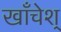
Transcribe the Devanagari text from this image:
खाँचेश्